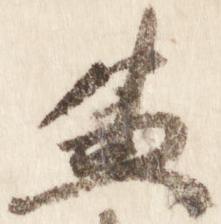
兼